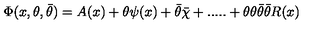
\Phi ( x , \theta , \bar { \theta } ) = A ( x ) + \theta \psi ( x ) + \bar { \theta } \bar { \chi } + . . . . . + \theta \theta \bar { \theta } \bar { \theta } R ( x )